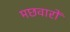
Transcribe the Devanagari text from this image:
मछवारों